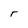
Character: T